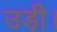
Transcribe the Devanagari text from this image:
उडी़ं।